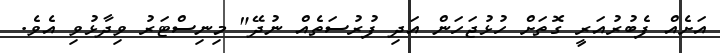
އަށެއް ފެބުރުއަރީ ގޮތަށް ހުޅުޖަހަން އަދި ފުރުސަތެއް ނުދޭ" މިނިސްޓަރު ވިދާޅުވި އެވެ.